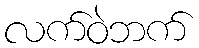
လက်ဝဲဘက်